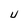
Character: U